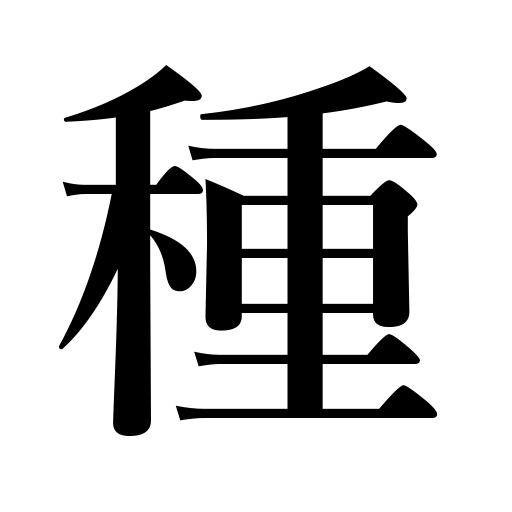
Meanings: tone,kind,quality,class,cause,material,trick,variety,secret,kernel,source,data,leaven,topic,seed,species,inside story,breed